Vaccination in Burma 1920-1933 - 1920-1933
Year: 1920
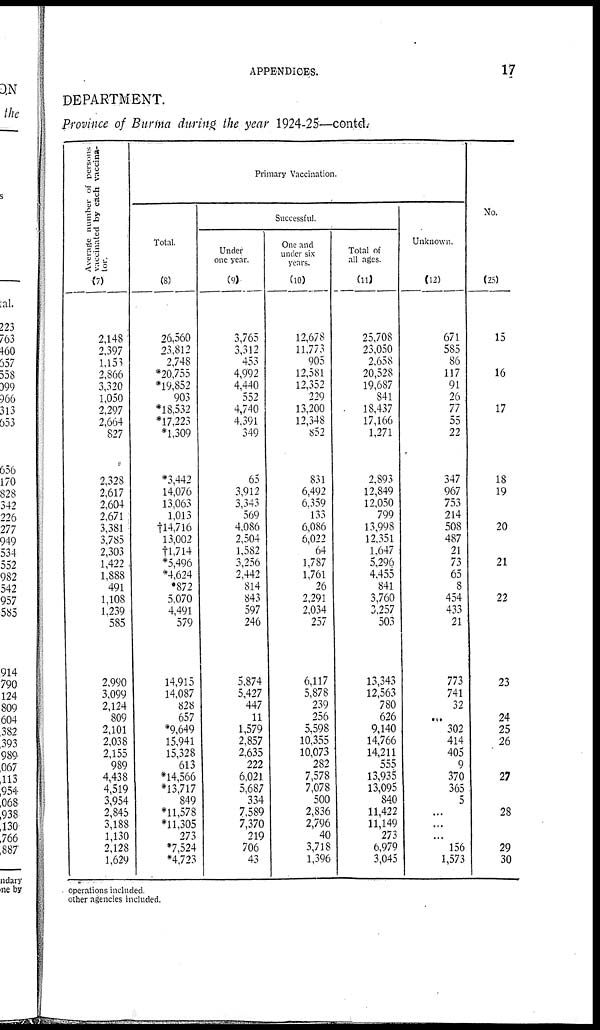
APPENDICES.
17
DEPARTMENT.
Province of Burma during the year 1924-25—contd.
Average number of persons ,
vaccinated by each vaccina-
tor.
(7)
2,148
2,397
1,153
2,866
3,320
1,050
2,297
2,664
827
2,328
2,617
2,604
2,671
3,381
3,785
2,303
1,422
1,888
491
1,108
1,239
585
2,990
3,099
2,124
809
2,101
2,038
2,155
989
4,438
4,519
3,954
2,845
3,188
1,130
2,128
1,629
Primary Vaccination.
Total.
(8)
26,560
23,812
2,748
*20,755
*19,852
903
*18,532
*17,223
*1,309
*3,442
14,076
13,063
1,013
†14,716
13,002
†1,714
*5,496
*4,624
*872
5,070
4,491
579
14,915
14,087
828
657
*9,649
15,941
15,328
613
*14,566
*13,717
849
*11,578
*11,305
273
*7,524
*4,723
Successful.
Under
one year.
(9)
3,765
3,312
453
4,992
4,440
552
4,740
4,391
349
65
3,912
3,343
569
4,086
2,504
1,582
3,256
2,442
814
843
597
246
5,874
5,427
447
11
1,579
2,857
2,635
222
6,021
5,687
334
7,589
7,370
219
706
43
One and
under six
years.
(10)
12,678
11,773
905
12,581
12,352
229
13,200
12,348
852
831
6,492
6,359
133
6,086
6,022
64
1,787
1,761
26
2,291
2,034
257
6,117
5,878
239
256
5,598
10,355
10,073
282
7,578
7,078
500
2,836
2,796
40
3,718
1,396
Total of
all ages.
(11)
25,708
23,050
2,658
20,528
19,687
841
18,437
17,166
1,271
2,893
12,849
12,050
799
13,998
12,351
1,647
5,296
4,455
841
3,760
3,257
503
13,343
12,563
780
626
9,140
14,766
14,211
555
13,935
13,095
840
11,422
11,149
273
6,979
3,045
Unknown.
(12)
671
585
86
117
91
26
77
55
22
347
967
753
214
508
487
21
73
65
8
454
433
21
773
741
32
...
302
414
405
9
370
365
5
...
...
...
156
1,573
No.
(25)
15
16
17
18
19
20
21
22
23
24
25
26
27
28
29
30
operations included.
other agencies included.